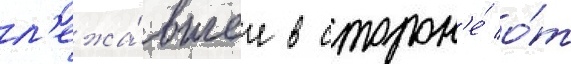
л'ежа́вшее в сторон'е́ о́т